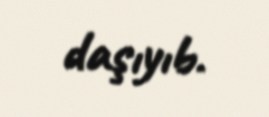
daşıyıb.